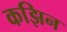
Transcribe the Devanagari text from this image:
कझिन